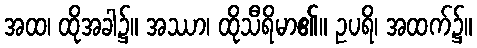
အထ၊ ထိုအခါ၌။ အဿာ၊ ထိုသီရိမာ၏။ ဥပရိ၊ အထက်၌။